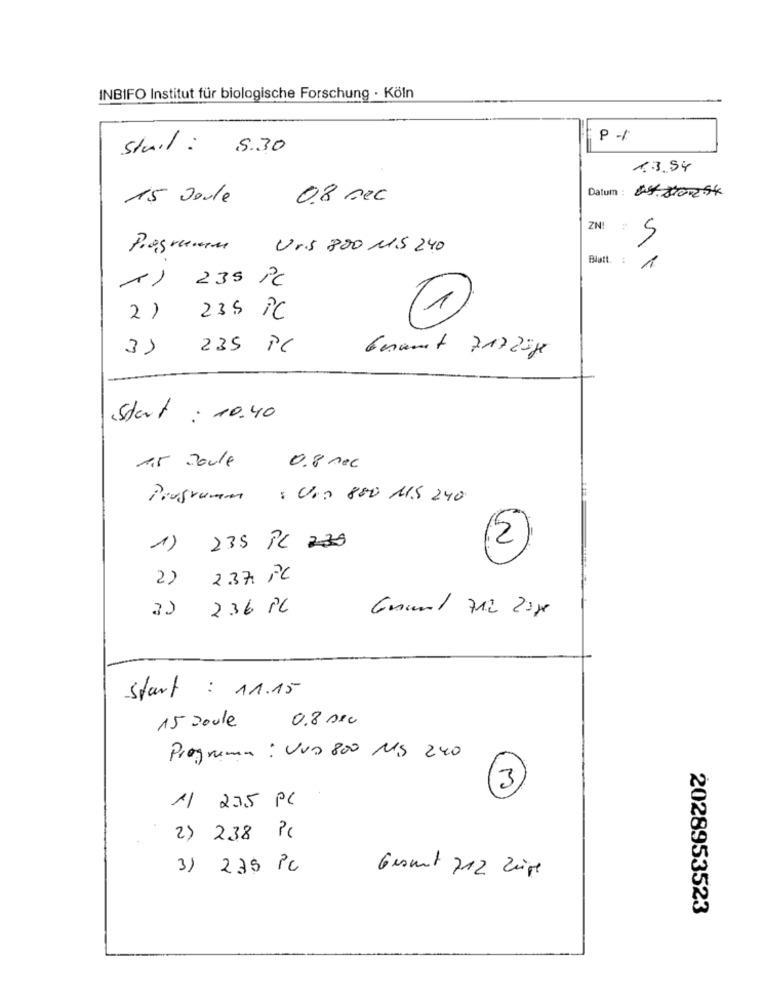
INBIFO Institut für biologische Forschung · Köln
staid :
5.30
1.3.94
Datum : 448701254
15 Joule
08 sec
ZNI 5
Programm Urs 880 MS 240
Blatt. : 1
A) 235 PC
2) 235 PC
1
235 PC
Gesamt 71725g
Start : 10.40
1,5 Joule
0.8 noc
Programm : Ura 880 MS 240
1) 235 PC 230
( N)
2)
2.37. PC
3)
236 PC
Start : 11.15
15 Joule
0.8 sec
Programa : UND 800 MS 240
3
1 235 PC
2) 238 Pc
3) 235 Pc
Gesamt 712 Zeigt
2028953523